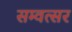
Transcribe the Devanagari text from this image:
सम्वत्सर